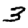
Digit: 3